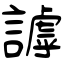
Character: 謼